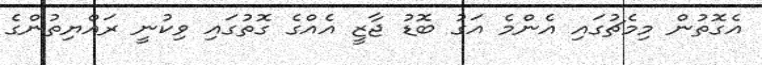
އެގޮތުން މިމެޗުގައި އެންމެ އަގު ބޮޑު ޖާޒީ އެއްގެ ގޮތުގައި ވިކުނީ ރައްޔިތުންގެ